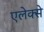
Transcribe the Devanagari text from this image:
एलेक्से